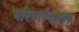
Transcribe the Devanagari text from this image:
परिवर्तनशल